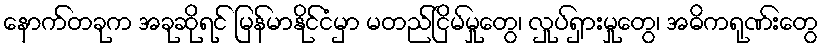
နောက်တခုက အခုဆိုရင် မြန်မာနိုင်ငံမှာ မတည်ငြိမ်မှုတွေ၊ လှုပ်ရှားမှုတွေ၊ အဓိကရုဏ်းတွေ